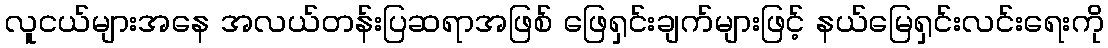
လူငယ်များအနေ အလယ်တန်းပြဆရာအဖြစ် ဖြေရှင်းချက်များဖြင့် နယ်မြေရှင်းလင်းရေးကို